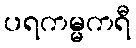
ပရကမ္မကရီ